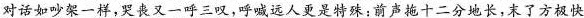
对话如吵架一样,哭丧又一呼三叹,呼喊远人更是特殊:前声拖十二分地长,末了方极快